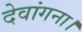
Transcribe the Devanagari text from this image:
देवांगना।